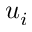
u _ { i }